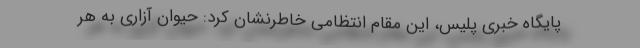
پایگاه خبری پلیس، این مقام انتظامی خاطرنشان کرد: حیوان آزاری به هر